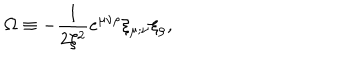
LaTeX: \Omega \equiv - \frac { 1 } { 2 \xi ^ { 2 } } e ^ { \mu \nu \rho } \xi _ { \mu ; \nu } \xi _ { \rho } ,